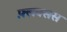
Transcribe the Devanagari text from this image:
फ़्लक्सस